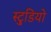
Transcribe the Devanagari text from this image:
स्टु्डियो